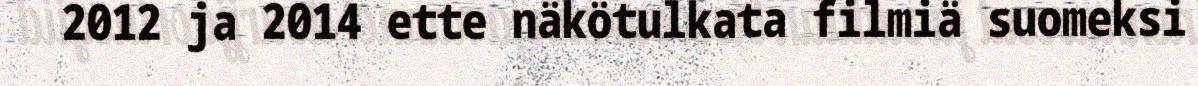
2012 ja 2014 ette näkötulkata filmiä suomeksi